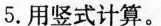
5.用竖式计算。